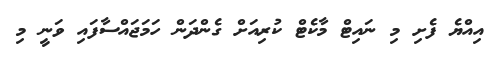
އިއްޔެ ފެށި މި ނައިޓް މާކެޓް ކުރިއަށް ގެންދަން ހަމަޖައްސާފައި ވަނީ މި